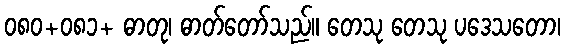
၀၈၀+၀၈၁+ ဓာတု၊ ဓာတ်တော်သည်။ တေသု တေသု ပဒေသတော၊